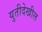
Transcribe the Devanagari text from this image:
युतीदेखील